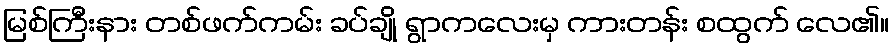
မြစ်ကြီးနား တစ်ဖက်ကမ်း ခပ်ချို ရွာကလေးမှ ကားတန်း စထွက် လေ၏။